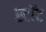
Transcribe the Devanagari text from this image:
स्टॉट